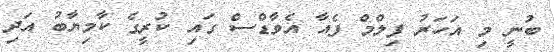
ބުނީ މި އަހަރު ފިލްމް ފެއާ އެވާޑްސް ގައި ކުރީގެ ކާމިޔާބު އަދި